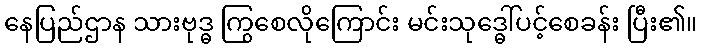
နေပြည်ဌာန သားဗုဒ္ဓ ကြွစေလိုကြောင်း မင်းသုဒ္ဓေါ်ပင့်စေခန်း ပြီး၏။